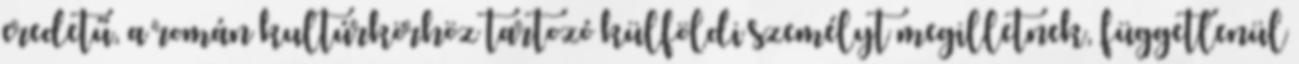
eredetű, a román kultúrkörhöz tartozó külföldi személyt megilletnek, függetlenül